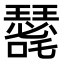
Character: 𭌐